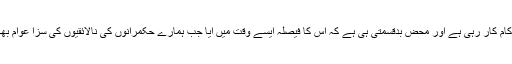
یہ کونسل اپنا کام کار رہی ہے اور محض بدقسمتی ہی ہے کہ اس کا فیصلہ ایسے وقت میں ایا جب ہمارے حکمرانوں کی نالائقیوں کی سزا عوام بھگت رہے ہیں۔